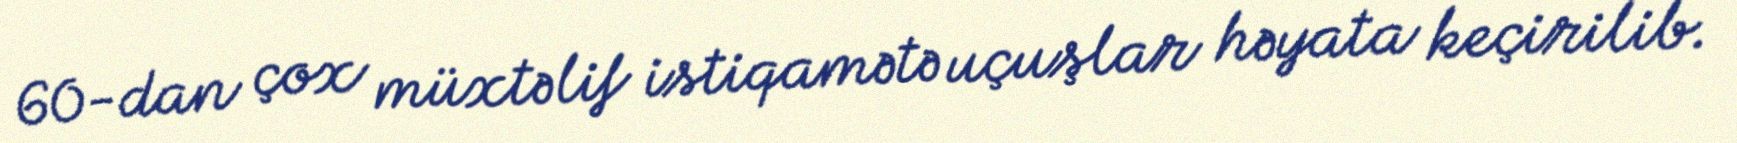
60-dan çox müxtəlif istiqamətə uçuşlar həyata keçirilib.